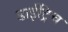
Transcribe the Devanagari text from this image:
डाईट्रिच